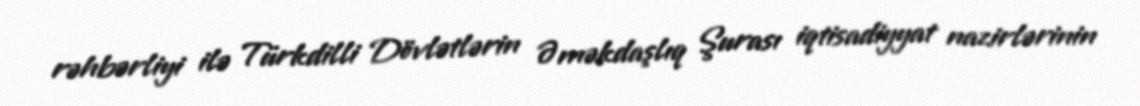
rəhbərliyi ilə Türkdilli Dövlətlərin Əməkdaşlıq Şurası iqtisadiyyat nazirlərinin